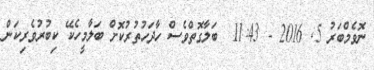
ނޮވެމްބަރު 5